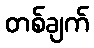
တစ်ချက်